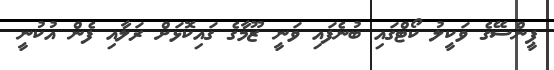
ޕީންސޭގެ ވަކީލު ކޯޓްގައި ބުނެފައި ވަނީ ޒޫމާގެ ގައިކޮޅަށް ރަލާއި ފެން އުކުނީ